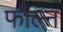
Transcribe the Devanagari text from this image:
फॉल्न